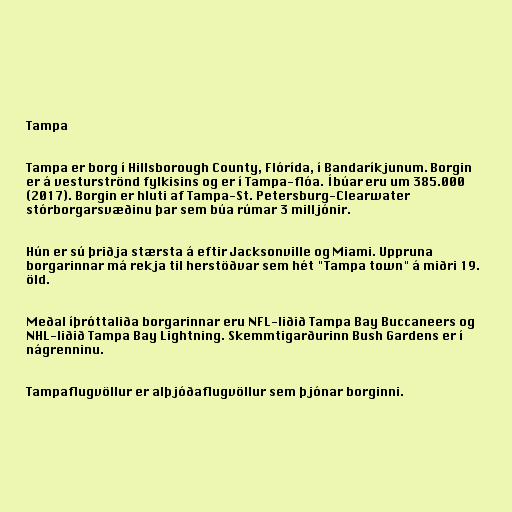
Tampa

Tampa er borg í Hillsborough County, Flórída, í Bandaríkjunum. Borgin
er á vesturströnd fylkisins og er í Tampa-flóa. Íbúar eru um 385.000
(2017). Borgin er hluti af Tampa-St. Petersburg-Clearwater
stórborgarsvæðinu þar sem búa rúmar 3 milljónir.

Hún er sú þriðja stærsta á eftir Jacksonville og Miami. Uppruna
borgarinnar má rekja til herstöðvar sem hét "Tampa town" á miðri 19.
öld.

Meðal íþróttaliða borgarinnar eru NFL-liðið Tampa Bay Buccaneers og
NHL-liðið Tampa Bay Lightning. Skemmtigarðurinn Bush Gardens er í
nágrenninu.

Tampaflugvöllur er alþjóðaflugvöllur sem þjónar borginni.